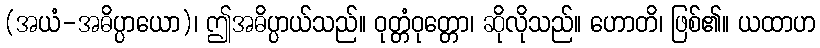
(အယံ-အဓိပ္ပာယော)၊ ဤအဓိပ္ပာယ်သည်။ ဝုတ္တံဝုတ္တော၊ ဆိုလိုသည်။ ဟောတိ၊ ဖြစ်၏။ ယထာဟ